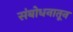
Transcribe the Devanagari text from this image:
संबोधनातून